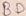
Text: BD